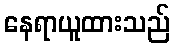
နေရာယူထားသည်